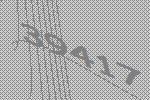
39417